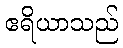
ဧရိယာသည်